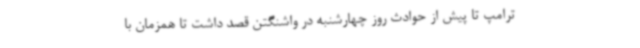
ترامپ تا پیش از حوادث روز چهارشنبه در واشنگتن قصد داشت تا همزمان با